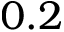
0 . 2